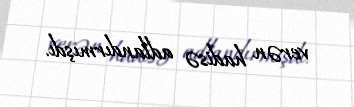
verən hadisə adlandırmışdı.